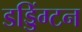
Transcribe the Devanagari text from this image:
डड्डिंग्टन